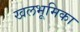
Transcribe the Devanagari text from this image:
खलभूमिका